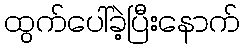
ထွက်ပေါ်ခဲ့ပြီးနောက်